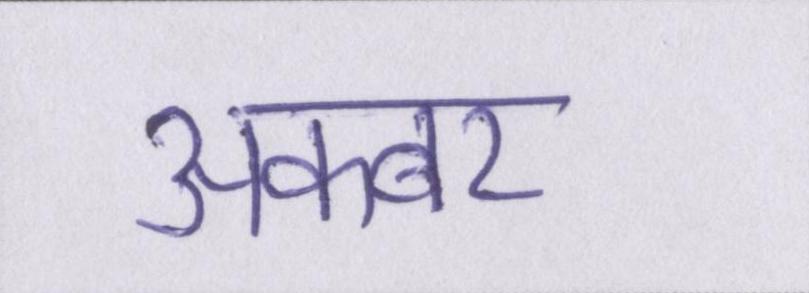
अकबर